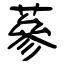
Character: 蔘